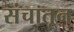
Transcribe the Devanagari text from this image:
संचातून